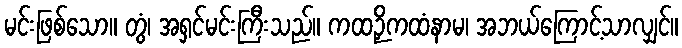
မင်းဖြစ်သော။ တွံ၊ အရှင်မင်းကြီးသည်။ ကထဉှိကထံနာမ၊ အဘယ်ကြောင့်သာလျှင်။